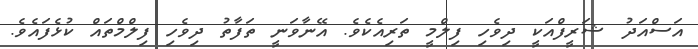
އަސްއަދު ޝަރީފްއަކީ ދިވެހި ފިލްމީ ތަރިއެކެވެ. އޭނާވަނީ ތަފާތު ދިވެހި ފިލްމްތައް ކުޅެފައެވެ.